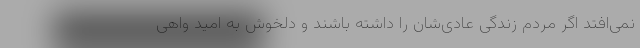
نمی‌افتد اگر مردم زندگی عادی‌شان را داشته باشند و دلخوش به امید واهی